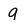
Character: q